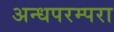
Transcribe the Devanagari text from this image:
अन्धपरम्परा